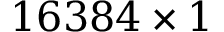
1 6 3 8 4 \times 1